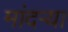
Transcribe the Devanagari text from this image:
मांदऱ्या